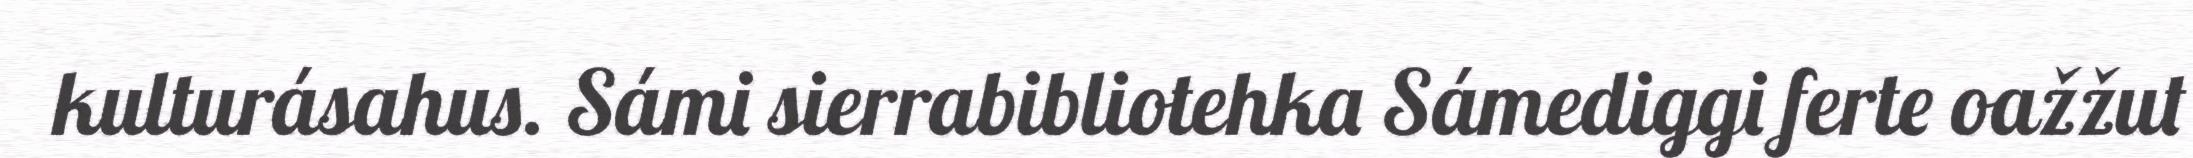
kulturásahus. Sámi sierrabibliotehka Sámediggi ferte oažžut